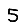
Digit: 5